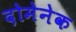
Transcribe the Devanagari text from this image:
दोमेनेक